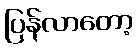
ပြန်လာတော့